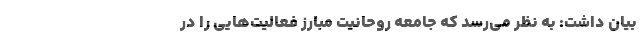
بیان داشت: به نظر می‌رسد که جامعه روحانیت مبارز فعالیت‌هایی را در